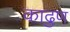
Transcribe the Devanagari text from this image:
काढुण